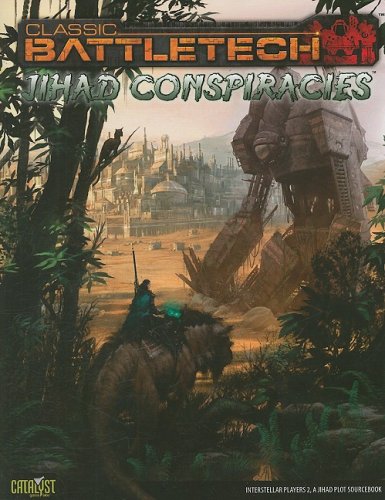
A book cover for Classic Battletech: Jihad Conspiracies; Science Fiction & Fantasy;